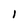
Character: l